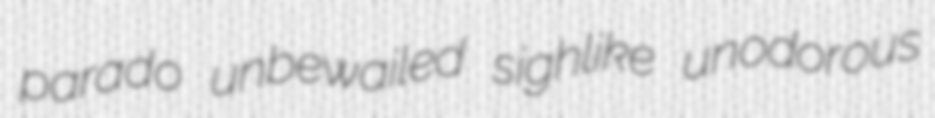
parado unbewailed sighlike unodorous